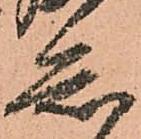
念